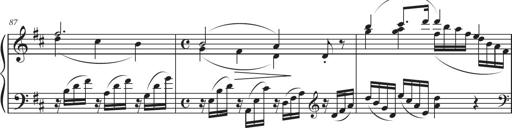
Title: Sonatina in D major
Composer: Shota Saitoh
Key: D major